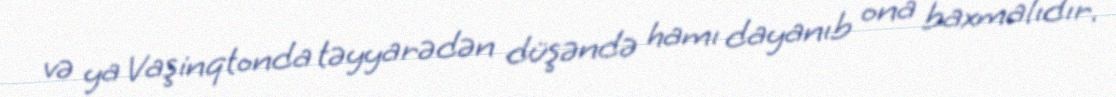
və ya Vaşinqtonda təyyarədən düşəndə hamı dayanıb ona baxmalıdır.